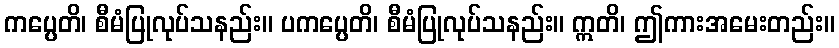
ကပ္ပေတိ၊ စီမံပြုလုပ်သနည်း။ ပကပ္ပေတိ၊ စီမံပြုလုပ်သနည်း။ ဣတိ၊ ဤကားအမေးတည်း။